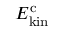
E _ { \mathrm { k i n } } ^ { \mathrm { c } }